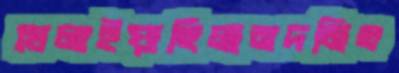
খেলাইয়াছিলামদমিত